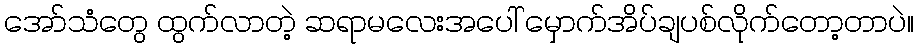
အော်သံတွေ ထွက်လာတဲ့ ဆရာမလေးအပေါ် မှောက်အိပ်ချပစ်လိုက်တော့တာပဲ။